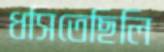
ধসিতেছিলি